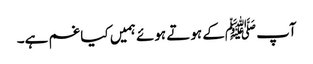
آپ ﷺکے ہوتے ہوئے ہمیں کیا غم ہے۔